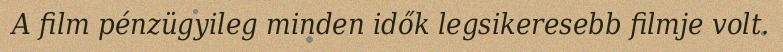
A film pénzügyileg minden idők legsikeresebb filmje volt.